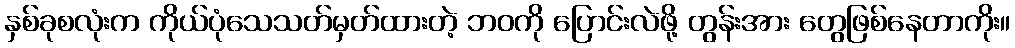
နှစ်ခုစလုံးက ကိုယ်ပုံသေသတ်မှတ်ထားတဲ့ ဘဝကို ပြောင်းလဲဖို့ တွန်းအား တွေဖြစ်နေတာကိုး။